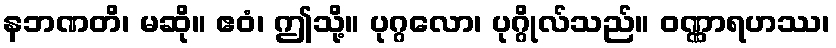
နဘဏတိ၊ မဆို။ ဧဝံ၊ ဤသို့။ ပုဂ္ဂလော၊ ပုဂ္ဂိုလ်သည်။ ဝဏ္ဏာရဟဿ၊